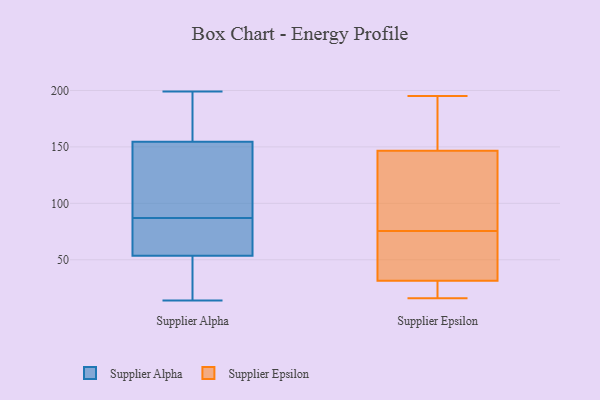
{"axis": {"x": "Inventory Turnover", "y": "Value"}, "legend": ["Supplier Alpha", "Supplier Epsilon"], "data": [{"x": "", "y": 158, "type": "Supplier Alpha"}, {"x": "", "y": 146, "type": "Supplier Alpha"}, {"x": "", "y": 100, "type": "Supplier Alpha"}, {"x": "", "y": 164, "type": "Supplier Alpha"}, {"x": "", "y": 151, "type": "Supplier Alpha"}, {"x": "", "y": 199, "type": "Supplier Alpha"}, {"x": "", "y": 14, "type": "Supplier Alpha"}, {"x": "", "y": 74, "type": "Supplier Alpha"}, {"x": "", "y": 193, "type": "Supplier Alpha"}, {"x": "", "y": 19, "type": "Supplier Alpha"}, {"x": "", "y": 116, "type": "Supplier Alpha"}, {"x": "", "y": 69, "type": "Supplier Alpha"}, {"x": "", "y": 143, "type": "Supplier Alpha"}, {"x": "", "y": 169, "type": "Supplier Alpha"}, {"x": "", "y": 52, "type": "Supplier Alpha"}, {"x": "", "y": 25, "type": "Supplier Alpha"}, {"x": "", "y": 54, "type": "Supplier Alpha"}, {"x": "", "y": 65, "type": "Supplier Alpha"}, {"x": "", "y": 56, "type": "Supplier Alpha"}, {"x": "", "y": 53, "type": "Supplier Alpha"}, {"x": "", "y": 195, "type": "Supplier Epsilon"}, {"x": "", "y": 29, "type": "Supplier Epsilon"}, {"x": "", "y": 142, "type": "Supplier Epsilon"}, {"x": "", "y": 34, "type": "Supplier Epsilon"}, {"x": "", "y": 38, "type": "Supplier Epsilon"}, {"x": "", "y": 69, "type": "Supplier Epsilon"}, {"x": "", "y": 21, "type": "Supplier Epsilon"}, {"x": "", "y": 151, "type": "Supplier Epsilon"}, {"x": "", "y": 38, "type": "Supplier Epsilon"}, {"x": "", "y": 82, "type": "Supplier Epsilon"}, {"x": "", "y": 16, "type": "Supplier Epsilon"}, {"x": "", "y": 18, "type": "Supplier Epsilon"}, {"x": "", "y": 188, "type": "Supplier Epsilon"}, {"x": "", "y": 103, "type": "Supplier Epsilon"}, {"x": "", "y": 169, "type": "Supplier Epsilon"}, {"x": "", "y": 127, "type": "Supplier Epsilon"}]}